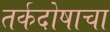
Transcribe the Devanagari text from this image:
तर्कदोषाचा